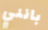
بانني